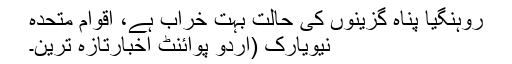
روہنگیا پناہ گزینوں کی حالت بہت خراب ہے، اقوام متحدہ
نیویارک (اُردو پوائنٹ اخبارتازہ ترین۔